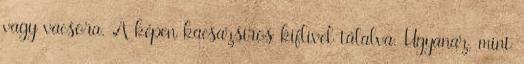
vagy vacsora. A képen kacsazsíros kiflivel tálalva. Ugyanaz, mint